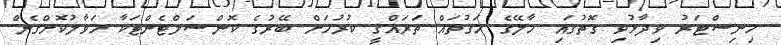
މިނިސްޓަރު ވިދާޅުވި ގޮތުގައި މާލޭގެ މަގުތައް ތަރައްގީ ކުރުމަށް ބޭރުގެ ކޮންސަލްޓެންޓަކާ ހަވާލުކޮށްގެން